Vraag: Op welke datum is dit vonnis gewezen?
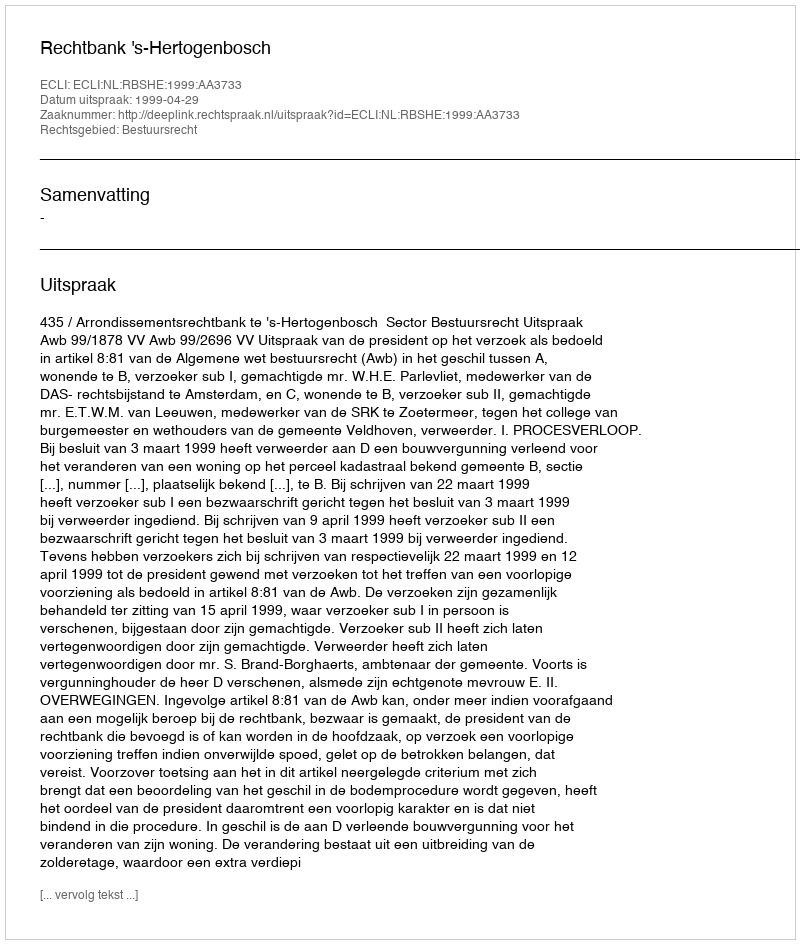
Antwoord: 1999-04-29